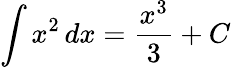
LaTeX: \int x^{2}\, dx={\frac{x^{3}}{3}}+C